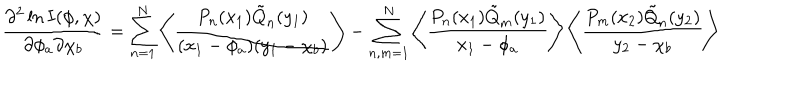
\frac { \partial ^ { 2 } \ln I ( \phi , \chi ) } { \partial \phi _ { a } \partial \chi _ { b } } = \sum _ { n = 1 } ^ { N } \left\langle \frac { P _ { n } ( x _ { 1 } ) \tilde { Q } _ { n } ( y _ { 1 } ) } { ( x _ { 1 } - \phi _ { a } ) ( y _ { 1 } - \chi _ { b } ) } \right\rangle - \sum _ { n , m = 1 } ^ { N } \left\langle \frac { P _ { n } ( x _ { 1 } ) \tilde { Q } _ { m } ( y _ { 1 } ) } { x _ { 1 } - \phi _ { a } } \right\rangle \left\langle \frac { P _ { m } ( x _ { 2 } ) \tilde { Q } _ { n } ( y _ { 2 } ) } { y _ { 2 } - \chi _ { b } } \right\rangle